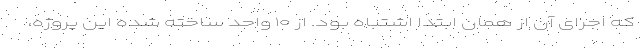
که اجرای آن از همان ابتدا اشتباه بود. از ۱۰ واحد ساخته شده این پروژه،